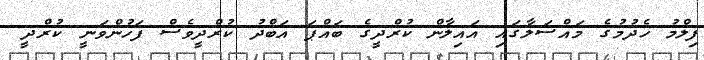
ފިލްމު ހެދުމުގެ މައްސަލާގައި އައިލާން ކުރްދީގެ ބައްޕަ އަބްދު ކުރްދީވެސް ފަހުންވަނީ ކުރްދީ